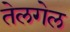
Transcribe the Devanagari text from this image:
तेलगेल